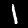
Label: 1